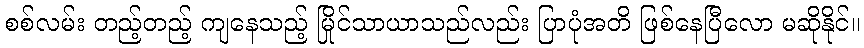
စစ်လမ်း တည့်တည့် ကျနေသည့် မြိုင်သာယာသည်လည်း ပြာပုံအတိ ဖြစ်နေပြီလော မဆိုနိုင်။